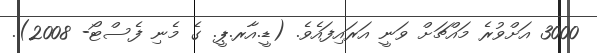
3000 އަށްވުރެ މައްޗަށް ވަނީ އަރައިފައެވެ. (ޑީ.އާރ.ޕީ. ގެ މެނި ފެސްޓޯ- 2008).